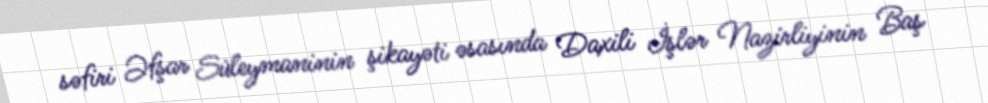
səfiri Əfşar Süleymaninin şikayəti əsasında Daxili İşlər Nazirliyinin Baş